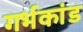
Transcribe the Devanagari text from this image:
गर्भकांड